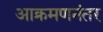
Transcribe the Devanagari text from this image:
आक्रमणनंतर